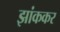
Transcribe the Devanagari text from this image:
झांककर